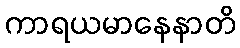
ကာရယမာနေနာတိ